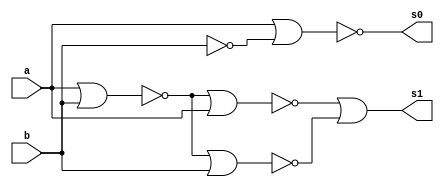

//----------------------------
// Nome: Caio Ragacci Pimentel
// Matrcula: 405794
//----------------------------


//----------------------------
//------ Guia 04 - 04---------
//-----------EXTRA------------



module meiaDiferencanor(s0,s1,a,b);

	output s0,s1;
	input  a, b;
	
	wire temp1 , temp2, temp3, temp4, temp5, temp6, temp7;
	
	nor(temp1, a,b);           //~(a | b)
	nor(temp2, temp1, a);		//~(temp1 | a)
	nor(temp3, temp1, b);		//~(temp1 | b)
	nor(temp4, temp2, temp3);	//~(temp2 | temp3)
	nor(s1, temp4, temp4);	   //~(temp4 | temp4)
	
	nor(temp5, a , a);			//~(a | a)
	nor(temp6, temp5, temp5);	//~(temp5 | temp5)
	nor(temp7,  b, b);			//~(b | b)
	nor(s0, temp6, temp7);		//~(temp6 | temp7)
	
	
	
endmodule // fim meiaDiferencanor



module testemeiaDiferencanor;
	
	wire s0, s1;
	reg  a, b;

	
	meiaDiferencanor DIFERENCA (s0, s1, a, b);
	
	initial begin
	
		$display("\n Guia 04 - 04 - Caio Ragacci Pimentel - 405794 ");
		$display("\n MEIA DIFERENA SOMENTE COM NORs");
		$display("\n A - B = s0 s1 \n");

		a = 0; b = 0;  
		$monitor(" %b - %b = %b %b", a, b, s0, s1);
	#1	a = 0; b = 1;
	
	#1	a = 1; b = 0;
	
	#1	a = 1; b = 1;
	
		
	end
	 
endmodule // fim testeDiferencaCompleta